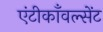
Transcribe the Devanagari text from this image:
एंटीकाँवल्सेंट